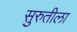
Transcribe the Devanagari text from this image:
सुरुतीला